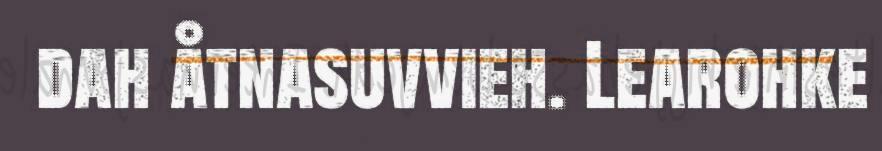
dah åtnasuvvieh. Learohke